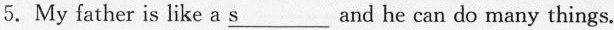
5. My father is like a \underline{s} and he can do many things.